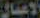
الاعمال